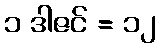
၁ ဒါဇင် = ၁၂